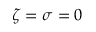
\zeta = \sigma = 0